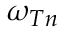
\omega _ { T n }